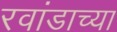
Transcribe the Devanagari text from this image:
रवांडाच्या